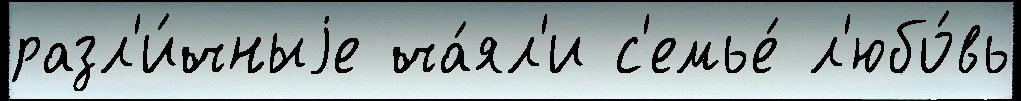
разл'и́чныjе ча́ял'и с'емье́ л'юбо́вь